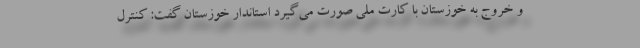
و خروج به خوزستان با کارت ملی صورت می‌گیرد استاندار خوزستان گفت: کنترل